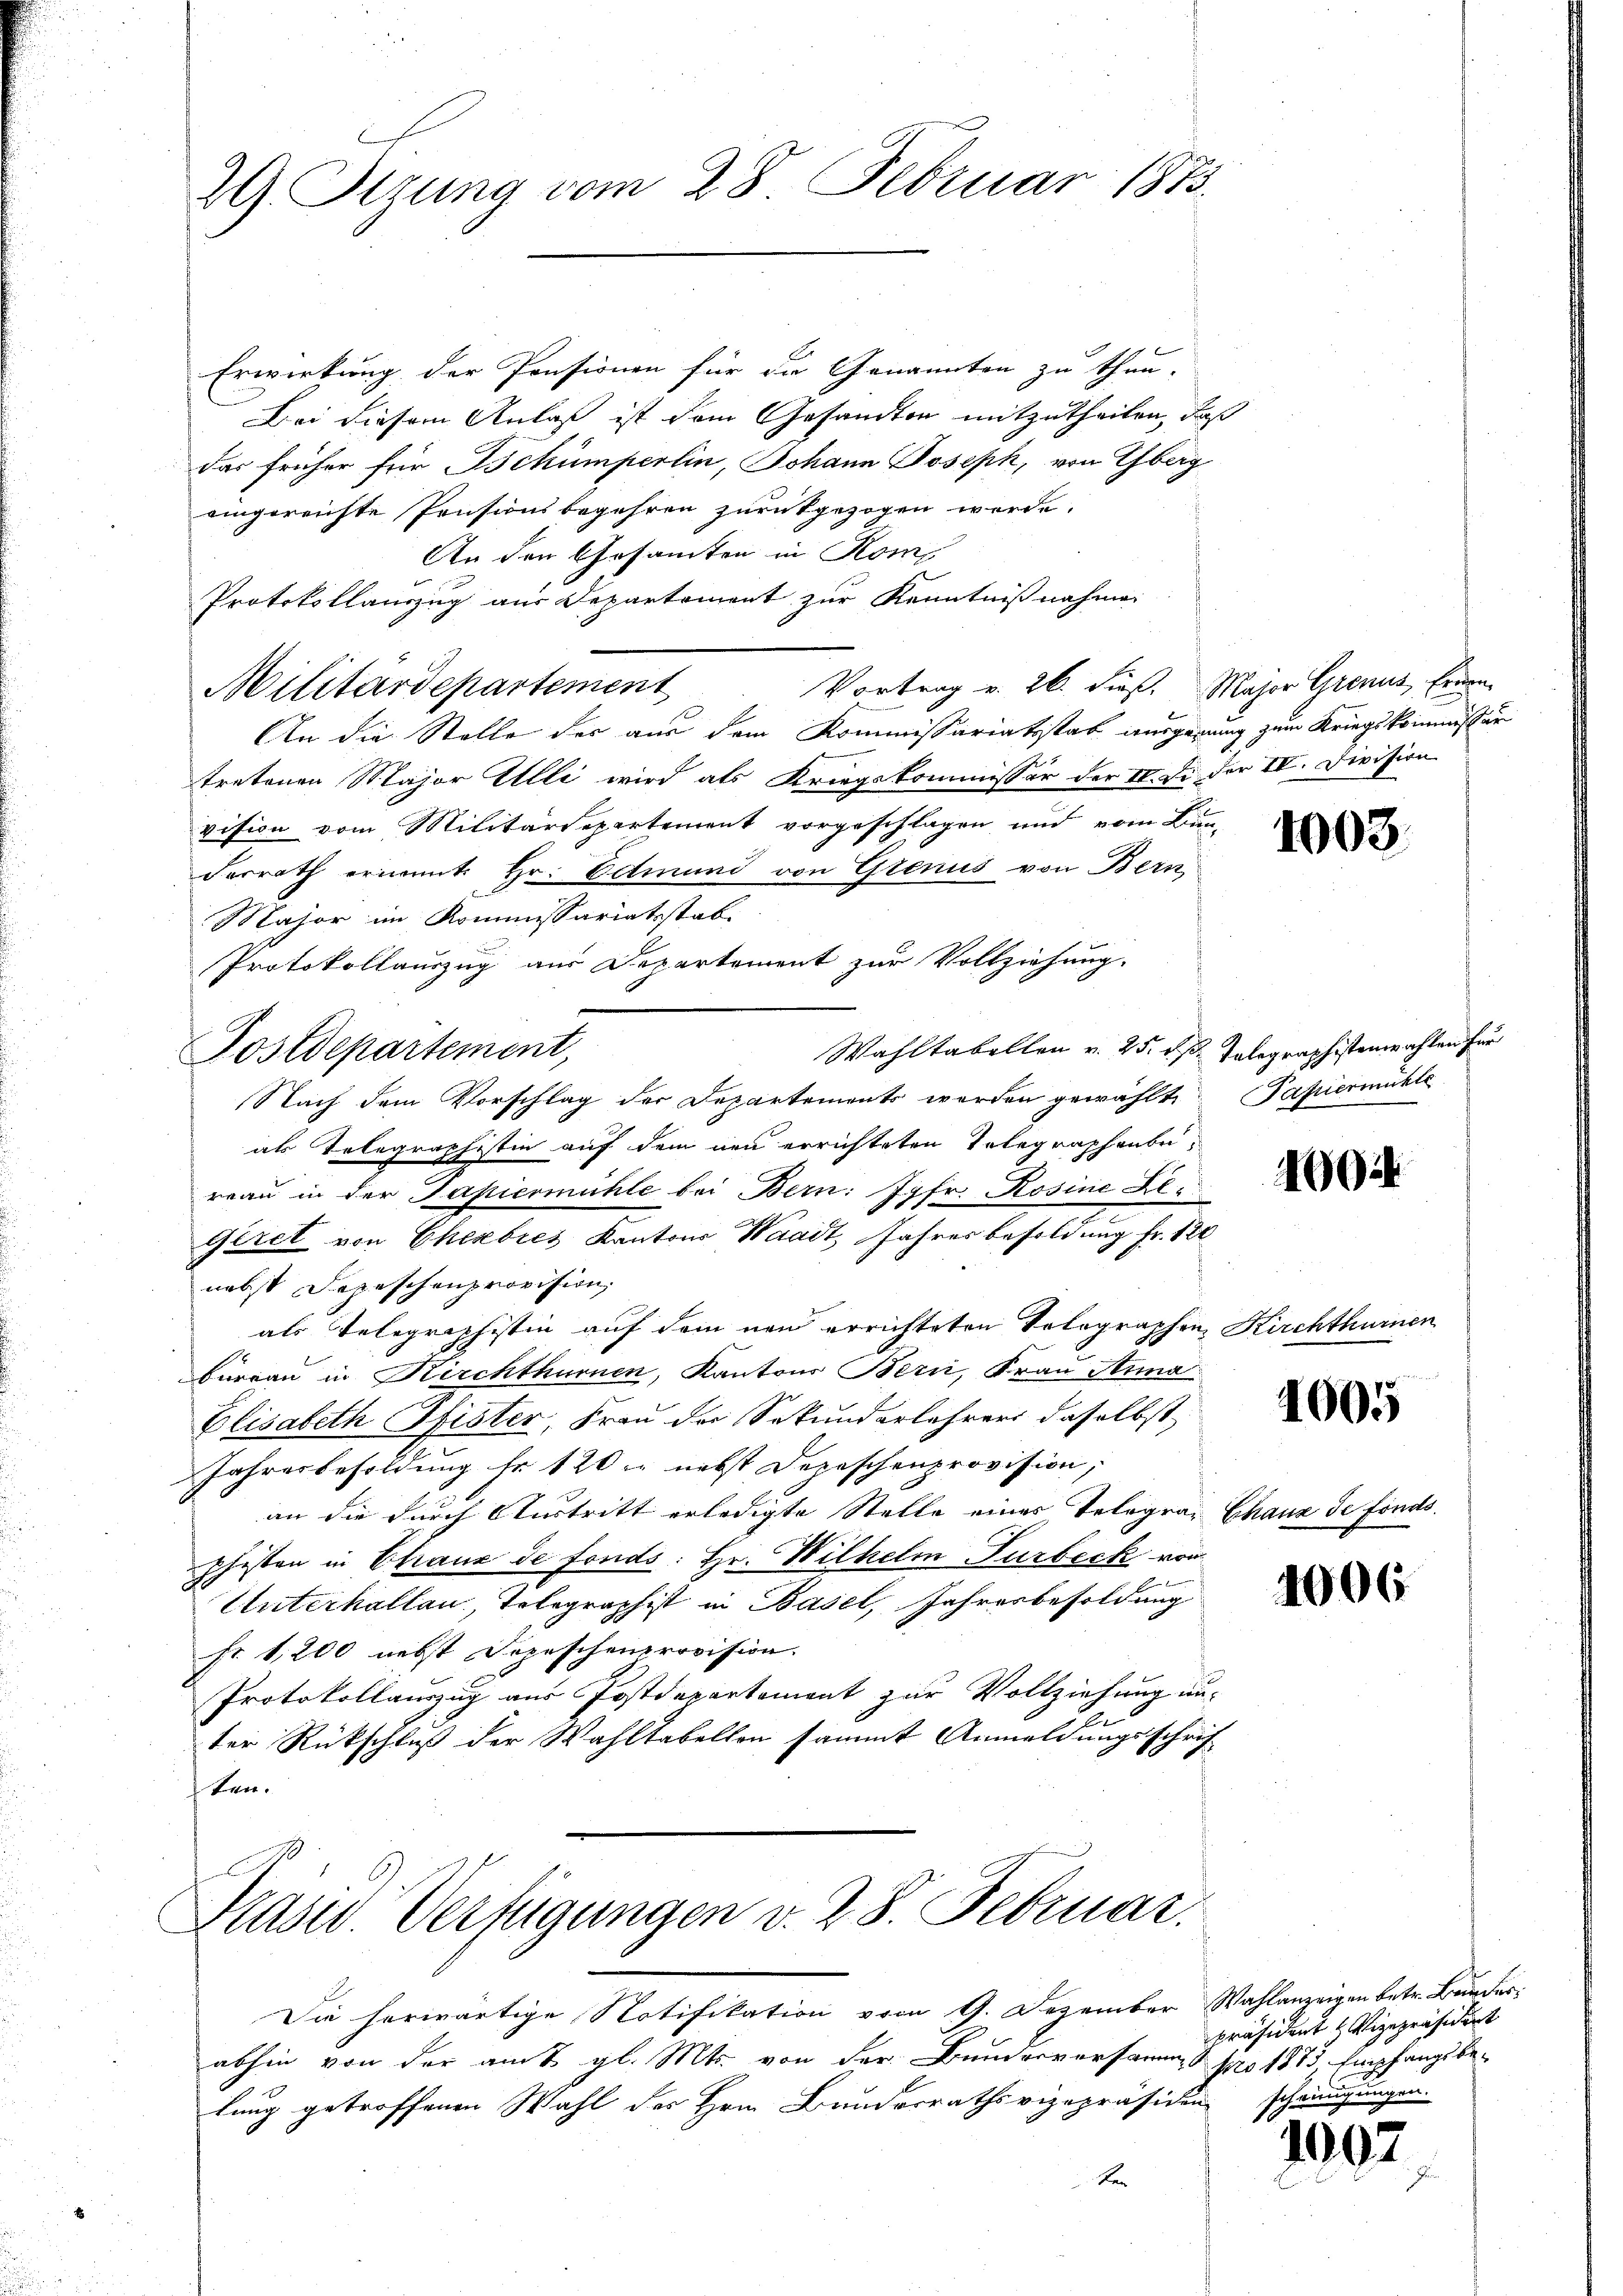
29. Stzung vom 28. Februar 1873.

Erwirkung der Pensionen für die Genannten zu thun-
Bei diesem Anlaß ist dem Gesandten mitzutheilen, daß
das früher für Schümperlin, Johann Joseph, von Yberg
eingereichte Pensionsbegehren zurückgezogen werde.
An den Gesamten in Kom
Protokollauszug aus Departement zur Kenntnißnahmen
Vortrag v. 26. dieß. Major Grens, Ernen
Militärdepartement
An die Stelle der aus dem Kommissariatsstab ausgerung zum Kriegskommissär
tretenen Major Ulli wird als Kriegskommissär der II. Di. der IV. Devision
vision vom Militärdepartement vorgeschlagen und vom Bun-
Ferrath erinnt. Hr. Edtmund von Grenus von Bern,
Major im Kommissariatsstab
Protokollauszug aus Departement zur Vollziehung.
Wahltabellen v. 25. d. h. Talegraphistenwahlen für
Nach dem Vorschlag der Departements werden gewählte Papierunckte
als Telegraphistin auf dem neu errichteten Telegraphenbe-
reau in der Papiermühle bei Bern: Jgfr. Rosine Al
Geret von Cherbres Kantons Waadt, Jahres besoldung Fr. 120
nebst Depeschenprovision,
als Telegraphistin auf dem neu errichteten Solographen, Kirchthurnen
büreau in Kirchthurnen, Kantons Bern, Frau Anna
Elisabeth Pfister, Frau der Sekundarlehrers daselbst
Jahresbesoldung fr. 120 nebst Depeschenprovision,
an die durch Austritt erledigte Stelle eines Telegra- Chaux de fonds.
phisten in Chaux de fonds: Hr. Wilhelm Turbeck von
Unterhallen Telegraphist in Basel, Jahresbesoldung
fr. 1200 nebst Dopeschenprovision.
Protokollauszug aus Postdepartement zur Vollziehung un-
A
ter Rückschluß der Wahltabellen sammt Anmeldungsschrif-
ten.

Postdepartement,

Kasw. Verfügungen v. 28. Februar.

Die herwärtige Notifikation vom 9. Dezember Wahlanzeigen betr. Bruderabhin von der am 8. gl. Mts. von der Bunderversamme pro 1873 Empfangsbe-
lung getroffenen Wahl des Hrn. Bundesrathsvizepräsiden
ben

1003.

1004

1005

4006

Präsident Vizepräsident
einigungen.

100